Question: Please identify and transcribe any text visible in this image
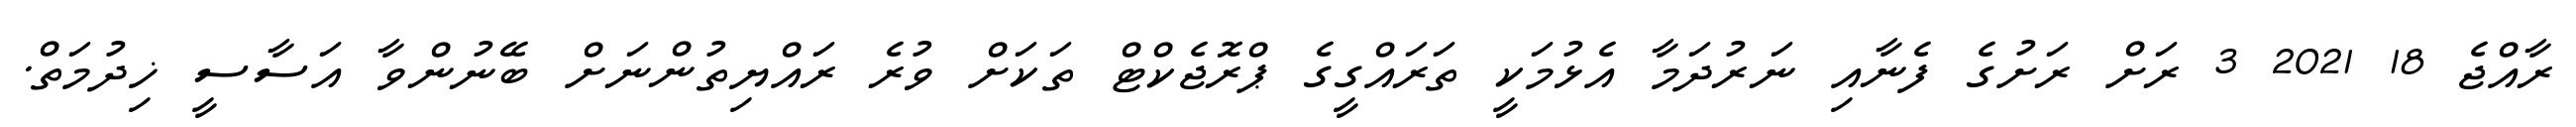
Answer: ރާއްޖެ 18 2021 3 ރަށް ރަށުގެ ފެނާއި ނަރުދަމާ އެޅުމަކީ ތަރައްގީގެ ޕްރޮޖެކްޓް ތަކަށް ވުރެ ރައްޔިތުންނަށް ބޭނުންވާ އަސާސީ ޚިދުމަތް.